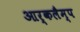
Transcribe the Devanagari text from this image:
आर्कलैम्प